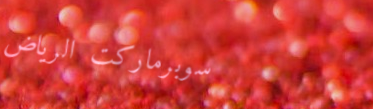
سوبرماركت الرياض